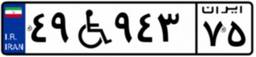
۴۹W۹۴۳۷۵